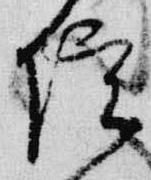
院